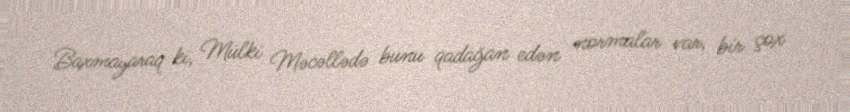
Baxmayaraq ki, Mülki Məcəllədə bunu qadağan edən normalar var, bir çox